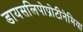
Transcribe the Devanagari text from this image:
डायसलिपोप्रोटीनेमिया